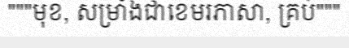
"""មុខ, សម្រាំងជាខេមរភាសា, គ្រប់"""